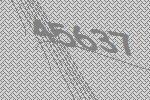
45637